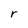
Character: r